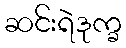
ဆင်းရဲဒုက္ခ